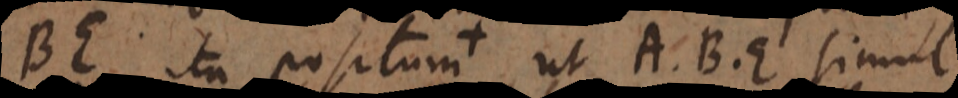
E ita positum, ut A, B, E simul